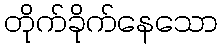
တိုက်ခိုက်နေသော